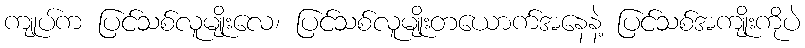
ကျုပ်က ပြင်သစ်လူမျိုးလေ၊ ပြင်သစ်လူမျိုးတယောက်အနေနဲ့ ပြင်သစ်အကျိုးကိုပဲ